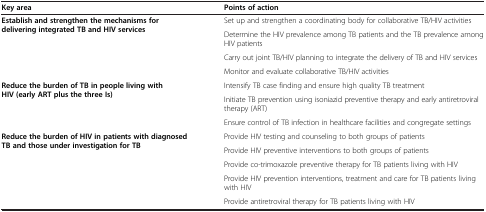
<table><thead><tr><td><b>Key area</b></td><td><b>Points of action</b></td></tr></thead><tbody><tr><td rowspan="4"><b>Establish and strengthen the mechanisms for delivering integrated TB and HIV services</b></td><td>Set up and strengthen a coordinating body for collaborative TB/HIV activities</td></tr><tr><td>Determine the HIV prevalence among TB patients and the TB prevalence among HIV patients</td></tr><tr><td>Carry out joint TB/HIV planning to integrate the delivery of TB and HIV services</td></tr><tr><td>Monitor and evaluate collaborative TB/HIV activities</td></tr><tr><td rowspan="3"><b>Reduce the burden of TB in people living with HIV (early ART plus the three Is)</b></td><td>Intensify TB case finding and ensure high quality TB treatment</td></tr><tr><td>Initiate TB prevention using isoniazid preventive therapy and early antiretroviral therapy (ART)</td></tr><tr><td>Ensure control of TB infection in healthcare facilities and congregate settings</td></tr><tr><td rowspan="4"><b>Reduce the burden of HIV in patients with diagnosed TB and those under investigation for TB</b></td><td>Provide HIV testing and counseling to both groups of patients</td></tr><tr><td>Provide HIV preventive interventions to both groups of patients</td></tr><tr><td>Provide co-trimoxazole preventive therapy for TB patients living with HIV</td></tr><tr><td>Provide HIV prevention interventions, treatment and care for TB patients living with HIV</td></tr><tr><td> </td><td>Provide antiretroviral therapy for TB patients living with HIV</td></tr></tbody></table>